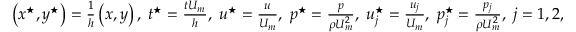
\begin{array} { r } { \left( x ^ { \star } , y ^ { \star } \right) = \frac { 1 } { h } \left( x , y \right) , \; t ^ { \star } = \frac { t U _ { m } } { h } , \; \boldsymbol { u } ^ { \star } = \frac { \boldsymbol { u } } { U _ { m } } , \; p ^ { \star } = \frac { p } { \rho U _ { m } ^ { 2 } } , \; \boldsymbol { u } _ { j } ^ { \star } = \frac { \boldsymbol { u } _ { j } } { U _ { m } } , \; p _ { j } ^ { \star } = \frac { p _ { j } } { \rho U _ { m } ^ { 2 } } , \; j = 1 , 2 , } \end{array}